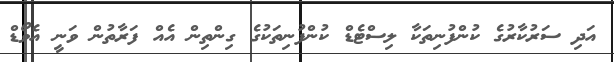
އަދި ސަރުކާރުގެ ކުންފުނިތަކާ ލިސްޓެޑް ކުންފުނިތަކުގެ ގިންތިން އެއް ފަރާތުން ވަނީ އެވޯޑް